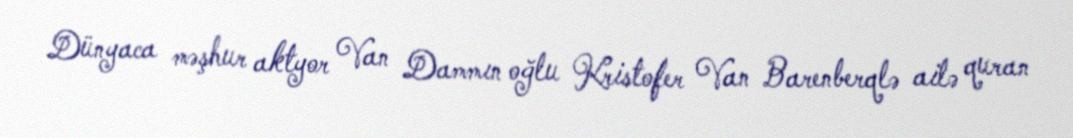
Dünyaca məşhur aktyor Van Dammın oğlu Kristofer Van Barenberqlə ailə quran